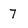
Character: 7